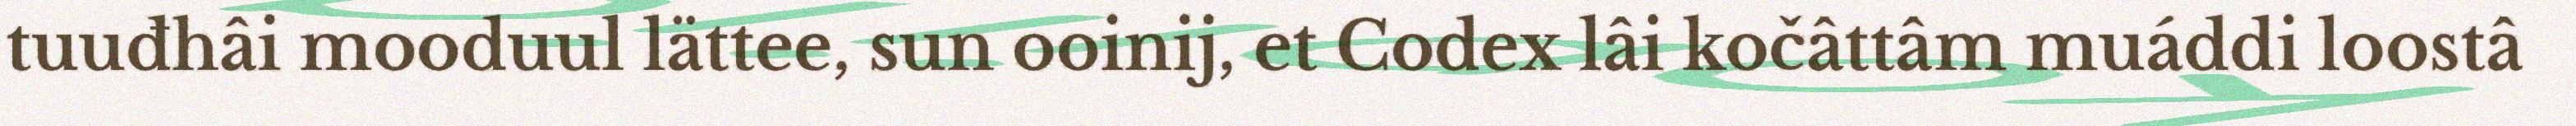
tuuđhâi mooduul lättee, sun ooinij, et Codex lâi kočâttâm muáddi loostâ